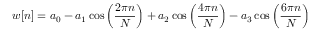
w [ n ] = a _ { 0 } - a _ { 1 } \cos \left( { \frac { 2 \pi n } { N } } \right) + a _ { 2 } \cos \left( { \frac { 4 \pi n } { N } } \right) - a _ { 3 } \cos \left( { \frac { 6 \pi n } { N } } \right)